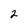
Character: 2